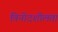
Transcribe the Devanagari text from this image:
विनोदशीलता